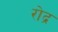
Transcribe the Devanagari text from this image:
रोद्र